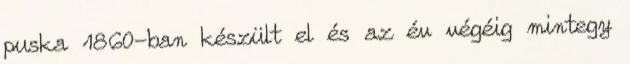
puska 1860-ban készült el és az év végéig mintegy